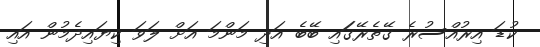
ކުޑަ އިރުއްސުރެ ގޭތެރޭގަަައި ބޭބެ އަދި މަންމަ އަށް ލަވަ ކިޔައިދެމުން އައި